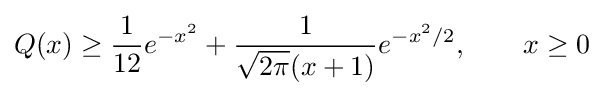
Q(x)\geq {\frac {1}{12}}e^{-x^{2}}+{\frac {1}{{\sqrt {2\pi }}(x+1)}}e^{-x^{2}/2},\qquad x\geq 0